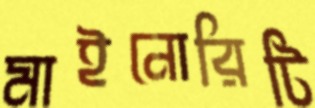
মাইনোরিটি